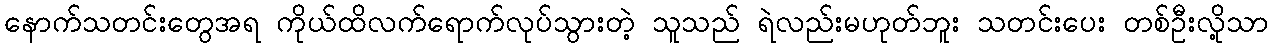
နောက်သတင်းတွေအရ ကိုယ်ထိလက်ရောက်လုပ်သွားတဲ့ သူသည် ရဲလည်းမဟုတ်ဘူး သတင်းပေး တစ်ဦးလို့သာ